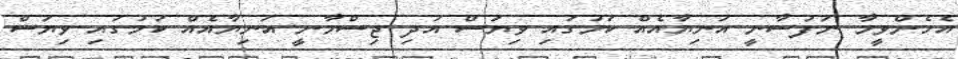
އެހެންވީމާ ނަފުސާނީ އަނިޔާއެއް ކަމުގައި ވިޔަސް އަދި ޖިސްމާނީ އަނިޔާއެއް ކަމުގައި ވިޔަސް